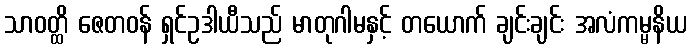
သာဝတ္ထိ ဇေတဝန် ရှင်ဥဒါယီသည် မာတုဂါမနှင့် တယောက် ချင်းချင်း အလံကမ္မနိယ